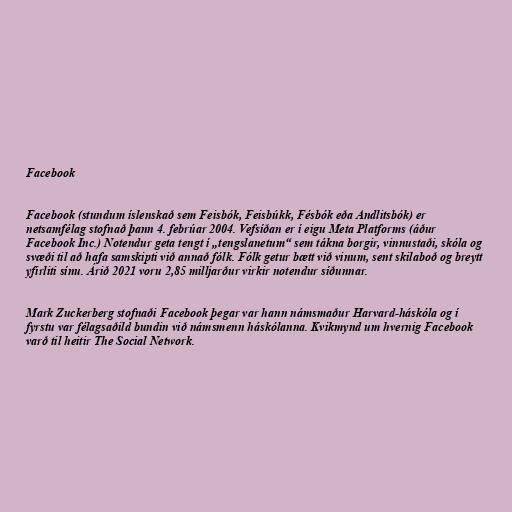
Facebook

Facebook (stundum íslenskað sem Feisbók, Feisbúkk, Fésbók eða Andlitsbók) er
netsamfélag stofnað þann 4. febrúar 2004. Vefsíðan er í eigu Meta Platforms (áður
Facebook Inc.) Notendur geta tengt í „tengslanetum“ sem tákna borgir, vinnustaði, skóla og
svæði til að hafa samskipti við annað fólk. Fólk getur bætt við vinum, sent skilaboð og breytt
yfirliti sínu. Árið 2021 voru 2,85 milljarður virkir notendur síðunnar.

Mark Zuckerberg stofnaði Facebook þegar var hann námsmaður Harvard-háskóla og í
fyrstu var félagsaðild bundin við námsmenn háskólanna. Kvikmynd um hvernig Facebook
varð til heitir The Social Network.